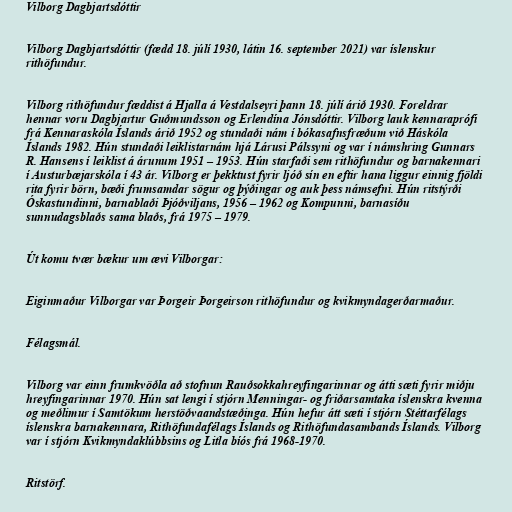
Vilborg Dagbjartsdóttir

Vilborg Dagbjartsdóttir (fædd 18. júlí 1930, látin 16. september 2021) var íslenskur
rithöfundur.

Vilborg rithöfundur fæddist á Hjalla á Vestdalseyri þann 18. júlí árið 1930. Foreldrar
hennar voru Dagbjartur Guðmundsson og Erlendína Jónsdóttir. Vilborg lauk kennaraprófi
frá Kennaraskóla Íslands árið 1952 og stundaði nám í bókasafnsfræðum við Háskóla
Íslands 1982. Hún stundaði leiklistarnám hjá Lárusi Pálssyni og var í námshring Gunnars
R. Hansens í leiklist á árunum 1951 – 1953. Hún starfaði sem rithöfundur og barnakennari
í Austurbæjarskóla í 43 ár. Vilborg er þekktust fyrir ljóð sín en eftir hana liggur einnig fjöldi
rita fyrir börn, bæði frumsamdar sögur og þýðingar og auk þess námsefni. Hún ritstýrði
Óskastundinni, barnablaði Þjóðviljans, 1956 – 1962 og Kompunni, barnasíðu
sunnudagsblaðs sama blaðs, frá 1975 – 1979.

Út komu tvær bækur um ævi Vilborgar:

Eiginmaður Vilborgar var Þorgeir Þorgeirson rithöfundur og kvikmyndagerðarmaður.

Félagsmál.

Vilborg var einn frumkvöðla að stofnun Rauðsokkahreyfingarinnar og átti sæti fyrir miðju
hreyfingarinnar 1970. Hún sat lengi í stjórn Menningar- og friðarsamtaka íslenskra kvenna
og meðlimur í Samtökum herstöðvaandstæðinga. Hún hefur átt sæti í stjórn Stéttarfélags
íslenskra barnakennara, Rithöfundafélags Íslands og Rithöfundasambands Íslands. Vilborg
var í stjórn Kvikmyndaklúbbsins og Litla bíós frá 1968-1970.

Ritstörf.